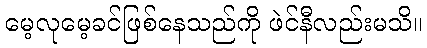
မေ့လုမေ့ခင်ဖြစ်နေသည်ကို ဖဲင်နီလည်းမသိ။